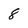
Character: 8